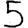
Digit: 5